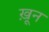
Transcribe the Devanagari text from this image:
खू़न